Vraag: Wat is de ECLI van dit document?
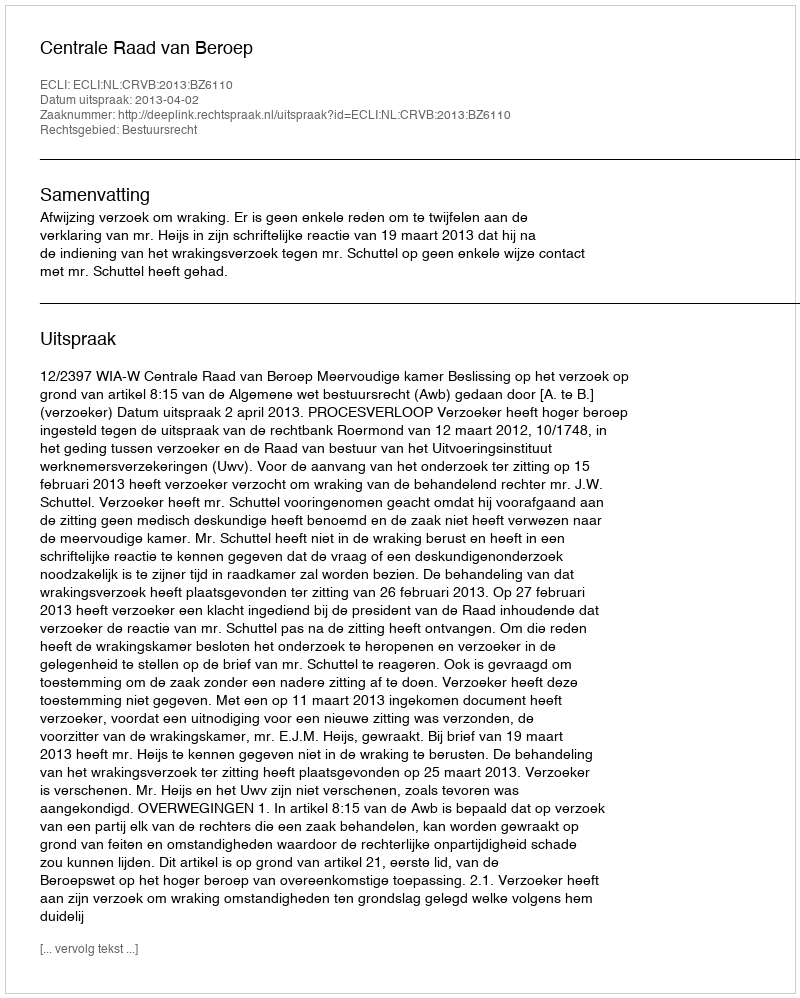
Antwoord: ECLI:NL:CRVB:2013:BZ6110